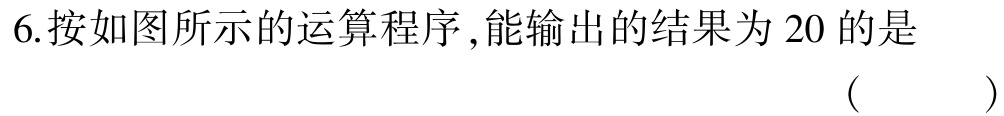
6.按如图所示的运算程序 ,能输出的结果为 20 的是 （ ）